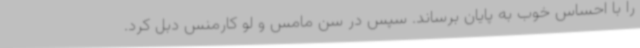
را با احساس خوب به پایان برساند. سپس در سن مامس و لو کارمنس دبل کرد.